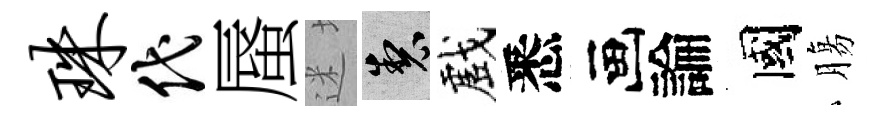
珠代蜃迷製戲悉画論國膓